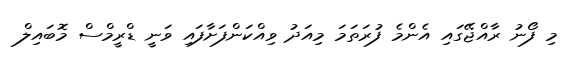
މި ފޯނު ރާއްޖޭގައި އެންމެ ފުރަތަމަ މިއަދު ވިއްކަންފަށާފައި ވަނީ ޑްރީމްސް މޮބައިލް